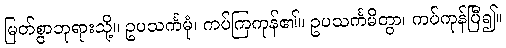
မြတ်စွာဘုရားသို့။ ဥပသင်္ကမုံ၊ ကပ်ကြကုန်၏။ ဥပသင်္ကမိတွာ၊ ကပ်ကုန်ပြီ၍။